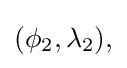
(\phi _{2},\lambda _{2}),\,\!